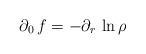
\begin{align*}\partial_0\, f=-\partial_r\,\ln\rho\end{align*}